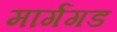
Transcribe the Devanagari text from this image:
मार्गगड